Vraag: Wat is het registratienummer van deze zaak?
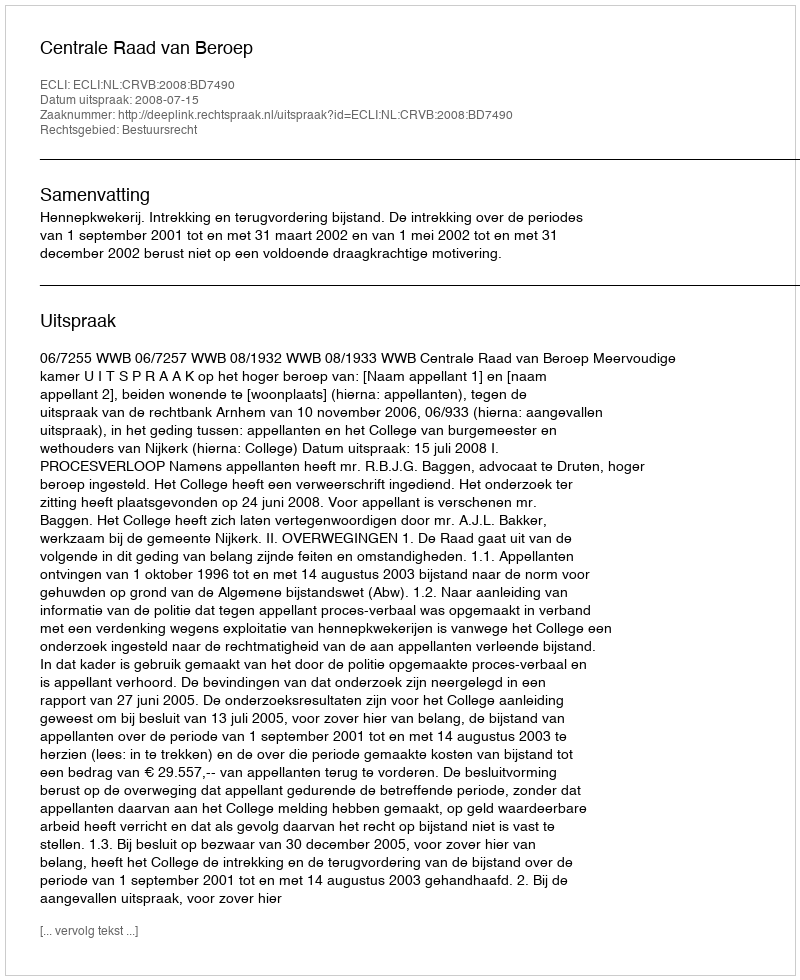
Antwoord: http://deeplink.rechtspraak.nl/uitspraak?id=ECLI:NL:CRVB:2008:BD7490